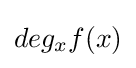
deg_{x}f(x)